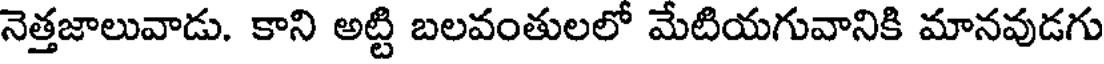
నెత్తజాలువాడు. కాని అట్టి బలవంతులలో మేటియగువానికి మానవుడగు